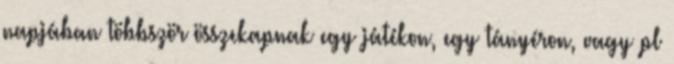
napjában többször összekapnak egy játékon, egy tányéron, vagy pl